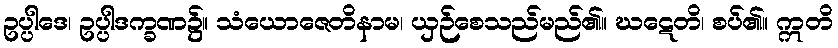
ဥပ္ပါဒေ၊ ဥပ္ပါဒက္ခဏ၌။ သံယောဇေတိနာမ၊ ယှဉ်စေသည်မည်၏။ ဃဋေတိ၊ စပ်၏။ ဣတိ